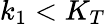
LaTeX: k_{1}<K_{T}